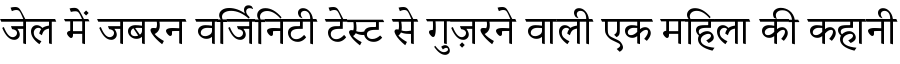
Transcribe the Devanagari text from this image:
जेल में जबरन वर्जिनिटी टेस्ट से गुज़रने वाली एक महिला की कहानी